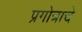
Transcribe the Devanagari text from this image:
प्रगोत्राचे